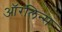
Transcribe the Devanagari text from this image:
ऑरलिन्स